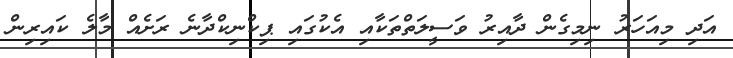
އަދި މިއަހަރު ނިމިގެން ދާއިރު ވަސީލަތްތަކާއި އެކުގައި ޕިކްނިކްދާނެ ރަށެއް މާލެ ކައިރިން